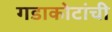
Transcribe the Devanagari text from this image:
गडाकोटांची